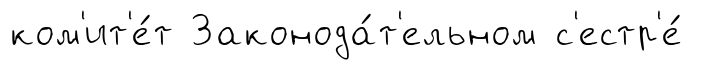
ком'ит'е́т Законода́т'ельном с'естр'е́